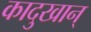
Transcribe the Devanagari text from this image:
कादुखान्